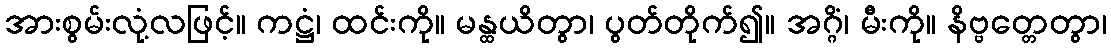
အားစွမ်းလုံ့လဖြင့်။ ကဋ္ဌံ၊ ထင်းကို။ မန္ထယိတွာ၊ ပွတ်တိုက်၍။ အဂ္ဂိံ၊ မီးကို။ နိဗ္ဗတ္တေတွာ၊